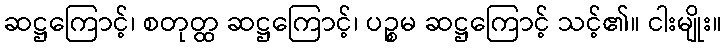
ဆဋ္ဌကြောင့်၊ စတုတ္ထ ဆဋ္ဌကြောင့်၊ ပဉ္စမ ဆဋ္ဌကြောင့် သင့်၏။ ငါးမျိုး။